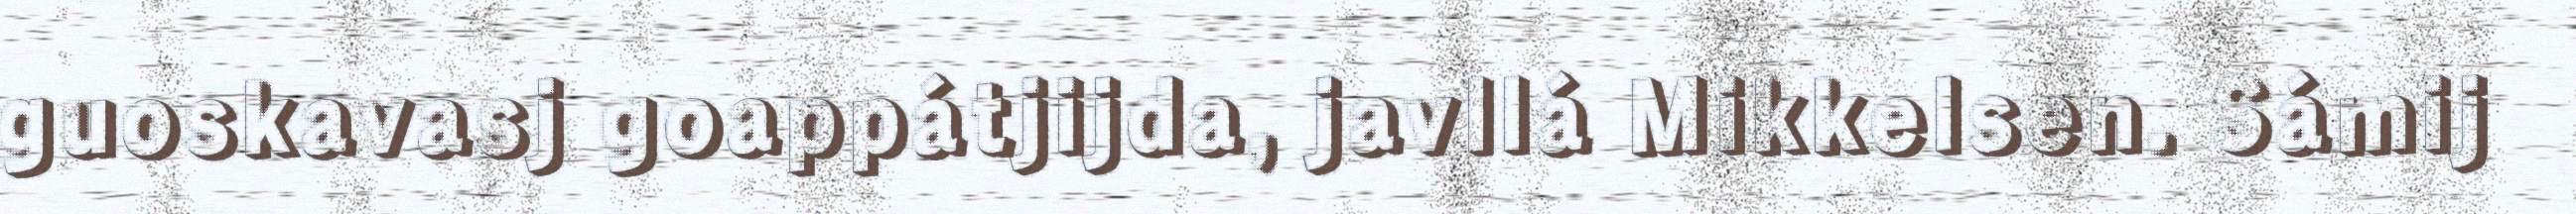
guoskavasj goappátjijda, javllá Mikkelsen. Sámij